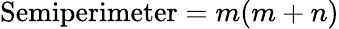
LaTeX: {\mathrm{Semiperimeter}}=m(m+n)